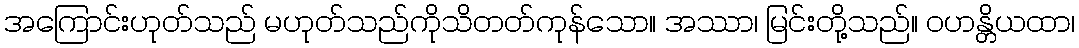
အကြောင်းဟုတ်သည် မဟုတ်သည်ကိုသိတတ်ကုန်သော။ အဿာ၊ မြင်းတို့သည်။ ဝဟန္တိယထာ၊